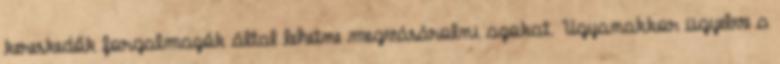
kereskedők forgalmazók által lehetne megvásárolni azokat. Ugyanakkor ügyelve a